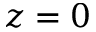
z = 0